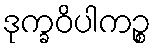
ဒုက္ခဝိပါကဉ္စ